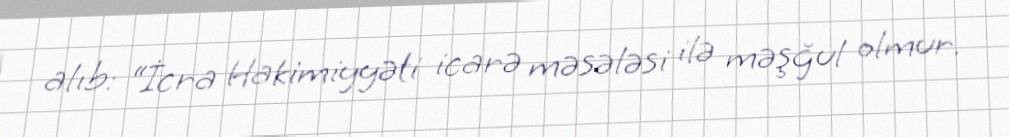
alıb: “İcra Hakimiyyəti icarə məsələsi ilə məşğul olmur.